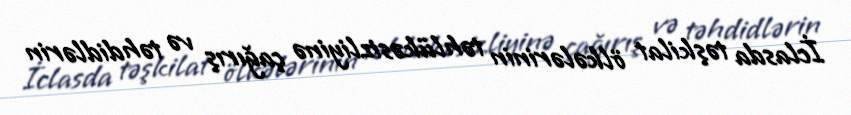
İclasda təşkilat ölkələrinin təhlükəsizliyinə çağırış və təhdidlərin